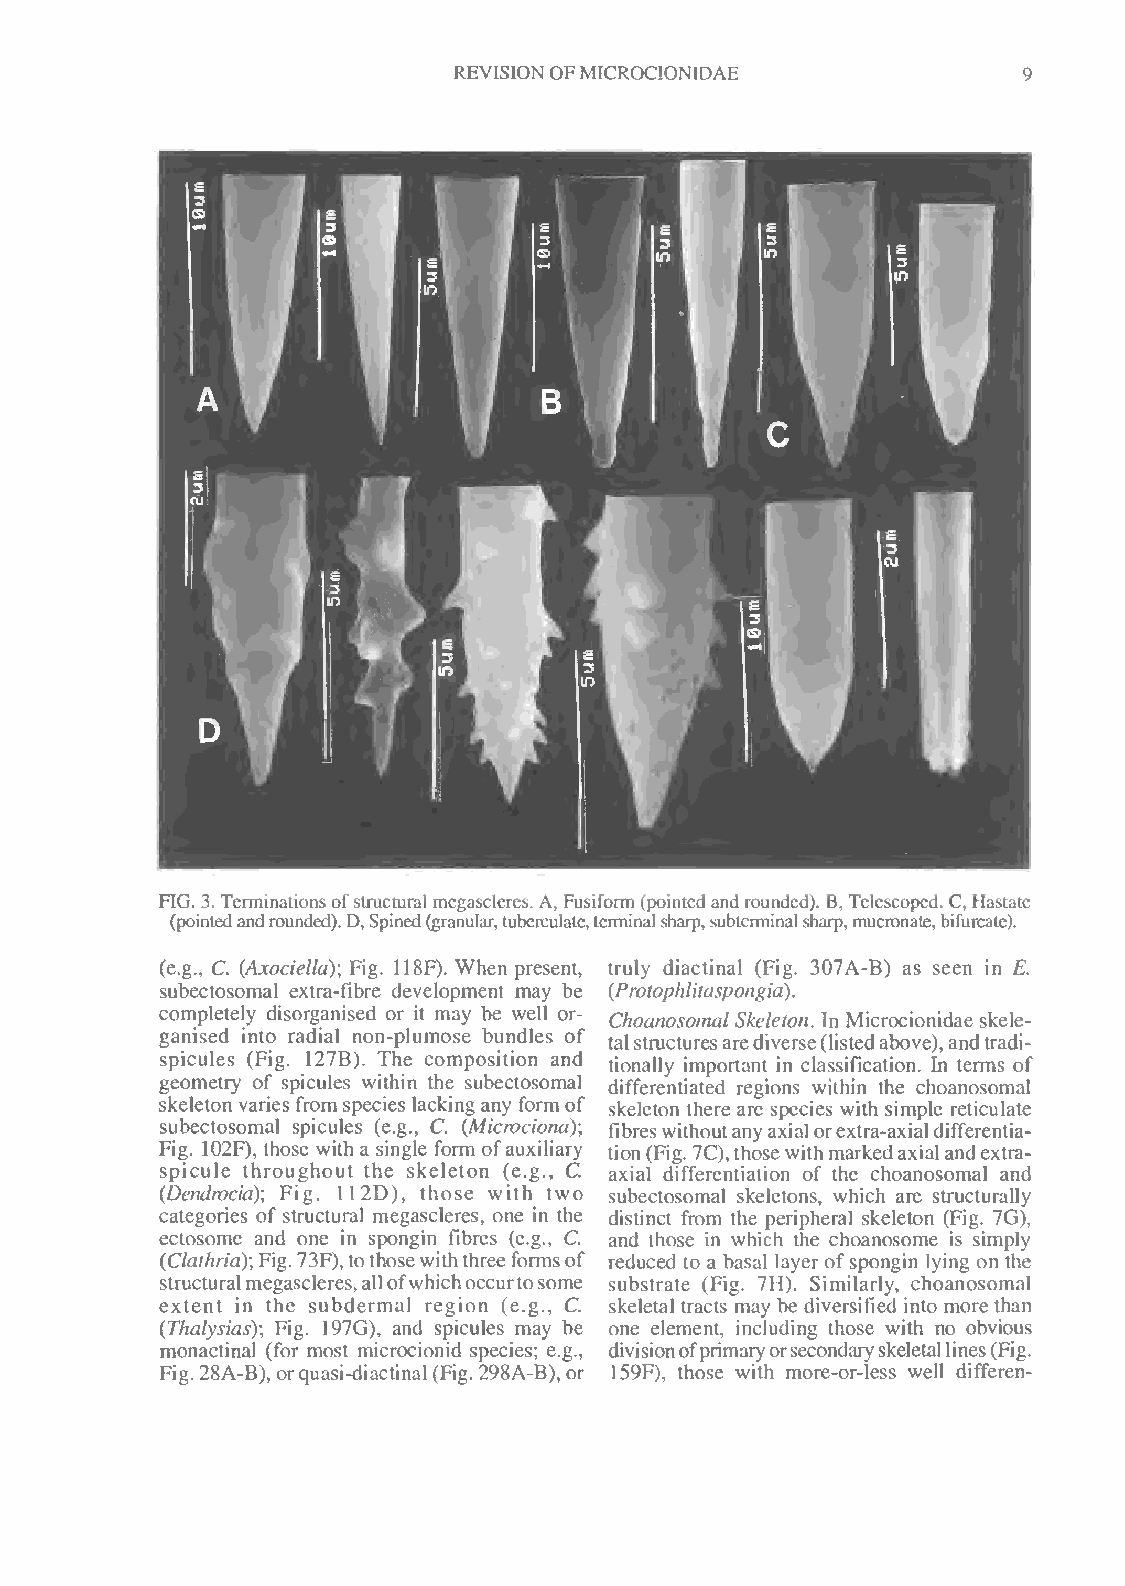
REVISIONOFMICROCIONIDAE
 FIG. 3. Terminations ofstructural megascleres. A, Fusiform (pointed and rounded). B, Telescoped. C, Hastate
 (pointedandrounded).D, Spined(granular,tuberculate,terminalsharp,subterminalsharp,mucronate,bifurcate).
 (e.g., C. (Axociella); Fig. 118F). When present, truly diactinal (Fig. 307A-B) as seen in E.
 subectosomal extra-fibre development may be (Protophlitaspongia).
 completely disorganised or it may be well or- Choanosoinal Skeleton. In Microcionidae skele-
 ganised into radial non-plumose bundles of talstructuresarediverse(listedabove),andtradi-
 spicules (Fig. 127B). The composition and tionally important in classification. In terms of
 geometry of spicules within the subectosomal differentiated regions within the choanosomal
 skeleton varies from species lacking any form of skeleton there are species with simple reticulate
 subectosomal spicules (e.g., C. (Micrvciona); fibreswithoutanyaxial orextra-axialdifferentia-
 Fig. 102F), those with a single form ofauxiliary tion(Fig. 7C),thosewith markedaxial andextra-
 spicule throughout the skeleton (e.g., C axial differentiation of the choanosomal and
 (Dendrvcia); Fig. 11 2D), those with two subectosomal skeletons, which are structurally
 categories of structural megascleres, one in the distinct from the peripheral skeleton (Fig. 7G),
 C
 ectosome and one in spongin fibres (e.g., and those in which the choanosome is simply
 (Clathria); Fig.73F),tothosewiththree formsof reduced to a basal layer ofspongin lying on the
 structuralmegascleres,allofwhichoccurtosome substrate (Fig. 7H). Similarly, choanosomal
 C
 extent in the subdermal region (e.g., skeletal tracts may be diversified into more than
 (Thalysias); Fig. 197G), and spicules may be one element, including those with no obvious
 monactinal (for most microcionid species; e.g., divisionofprimaryorsecondaryskeletallines(Fig.
 Fig. 28A-B), orquasi-diactinal (Fig. 298A-B), or 159F), those with more-or-less well differen-